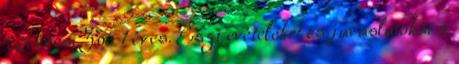
2,5 éves, Zoé 1 éves. Észrevételeket és javaslatokat a